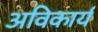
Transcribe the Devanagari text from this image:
अविकार्य